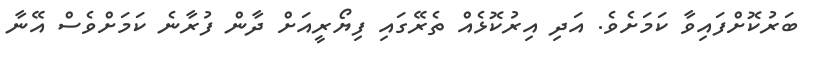
ބަރުކޮށްފައިވާ ކަމަށެވެ. އަދި އިރުކޮޅެއް ތެރޭގައި ފިޔޯރީއަށް ދާން ފުރާނެ ކަމަށްވެސް އޭނާ